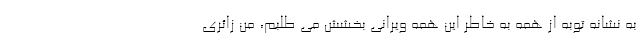
به نشانه توبه از همه به خاطر این همه ویرانی بخشش می طلبم، من زائری